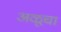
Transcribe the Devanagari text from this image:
अळूचा